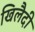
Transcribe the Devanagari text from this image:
खिलैदी